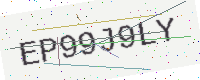
Text: EP99J9LY